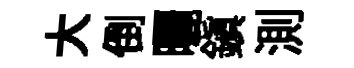
大倒曬鎮測